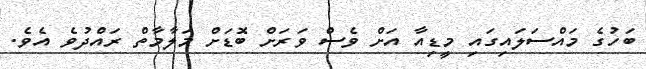
ބަހުގެ މައްސަލައިގައި މީޑިއާ އަށް ވެސް ވަރަށް ބޮޑަށް މަލާމާތް ރައްދުވެ އެވެ.